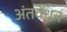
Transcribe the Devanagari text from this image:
अंतवेंधन